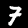
Label: 7